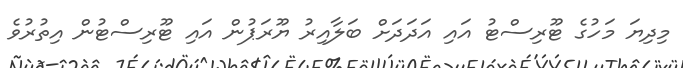
މިދިޔަ މަހުގެ ޓޫރިސްޓު އައި އަދަދަށް ބަލާއިރު ޔޫރަޕުން އައި ޓޫރިސްޓުން އިތުރުވެ